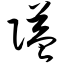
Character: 隘